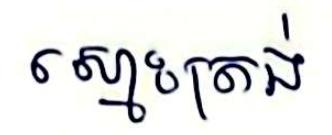
ស្មោះត្រង់